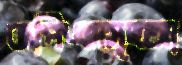
জপিএসমূহআ